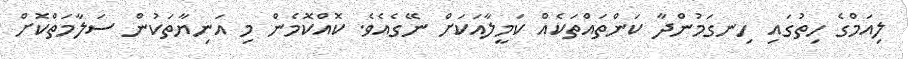
ލިއަމްގެ ހިތުގައި ހިނގަމުންދާ ކަންތައްތަކެއް ކަމީލާއަކަށް ނޭގެއެވެ. ކޮއްކޮމެން މި އަނިޔާތަކުން ސަލާމަތްކޮށް